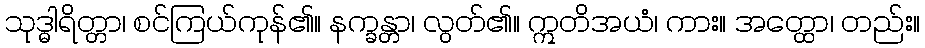
သုဒ္ဓါရိတ္တာ၊ စင်ကြယ်ကုန်၏။ နက္ခန္တာ၊ လွတ်၏။ ဣတိအယံ၊ ကား။ အတ္ထော၊ တည်း။